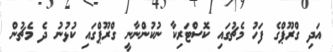
އަދި ގްރޫޕްގެ ފަހު މެޗުގައި ކޮސްޓަރިކާ ނުކުންނާނީ ގްރޫޕްގައި ކުޅުނު ދެ މެޗުން